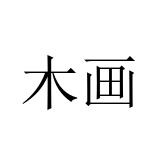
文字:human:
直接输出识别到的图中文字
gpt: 木画